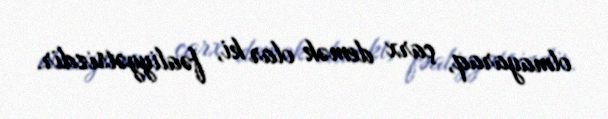
olmayaraq, çarx demək olar ki, fəaliyyətsizdir.